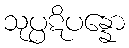
သုပ္ပဋိပန္နော